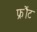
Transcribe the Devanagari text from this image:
फ्रौंट